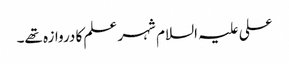
علی علیہ السلام شہر علم کا دروازہ تھے۔